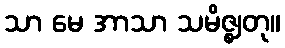
သာ မေ အာသာ သမိဇ္ဈတု။